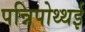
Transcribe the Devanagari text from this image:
पन्निपोथ्थई